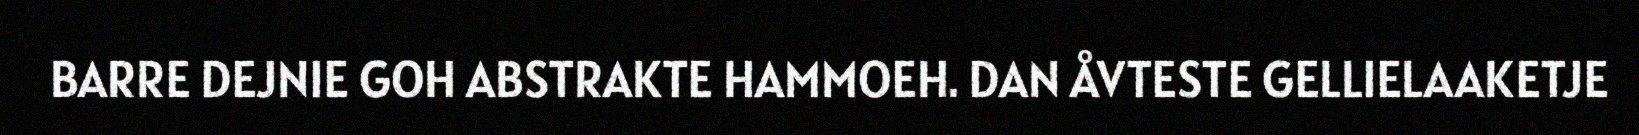
BARRE DEJNIE GOH ABSTRAKTE HAMMOEH. DAN ÅVTESTE GELLIELAAKETJE